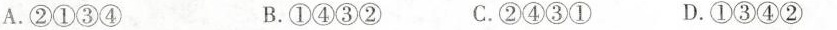
A.②①③④ B.①④③② C.②④③① D.①③④②